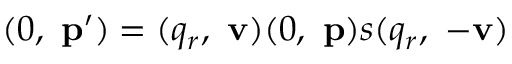
( 0 , \ \mathbf { p } ^ { \prime } ) = ( q _ { r } , \ \mathbf { v } ) ( 0 , \ \mathbf { p } ) s ( q _ { r } , \ - \mathbf { v } )